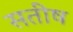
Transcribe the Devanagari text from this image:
सतीष